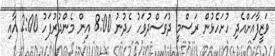
ވަޒީފާއަށްއެދި ހުށަހެޅުން ރަސްމީ ދުވަސްދުވަހު ހެދުނު 8:00 އިން މެންދުރުފަހު 2:00 އާއި